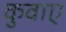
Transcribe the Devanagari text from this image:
कुवाए